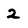
Character: 2